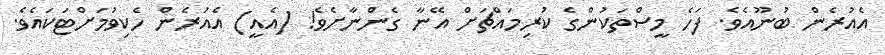
އެއުރެން ބުނޫއެވެ. ފަހެ މީސްތަކުންގެ ކުރިމައްޗަށް އޭނާ ގެންނާށެވެ! (އެއީ) އެއުރެން ހެކިވުމަށްޓަކައެވެ.